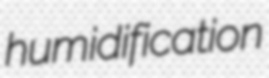
humidification